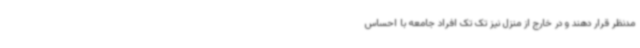
مدنظر قرار دهند و در خارج از منزل نیز تک تک افراد جامعه با احساس